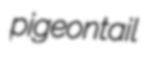
pigeontail